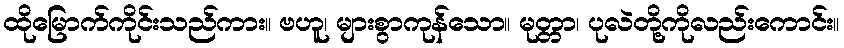
ထိုမြောက်ကိုင်းသည်ကား။ ဗဟူ၊ များစွာကုန်သော။ မုတ္တာ၊ ပုလဲတို့ကိုလည်းကောင်း။